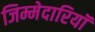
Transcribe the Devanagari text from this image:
जिम्मेदारियॉं